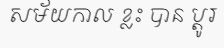
សម័យកាល ខ្លះ បាន ប្តូរ